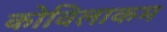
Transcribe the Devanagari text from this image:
कोविलाकम